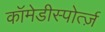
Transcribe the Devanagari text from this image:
कॉमेडीस्पोर्त्ज़